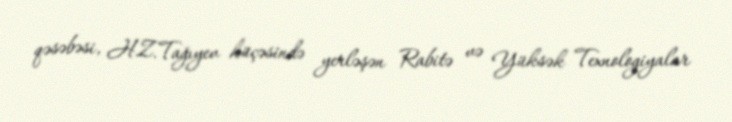
qəsəbəsi, H.Z.Tağıyev küçəsində yerləşən Rabitə və Yüksək Texnologiyalar